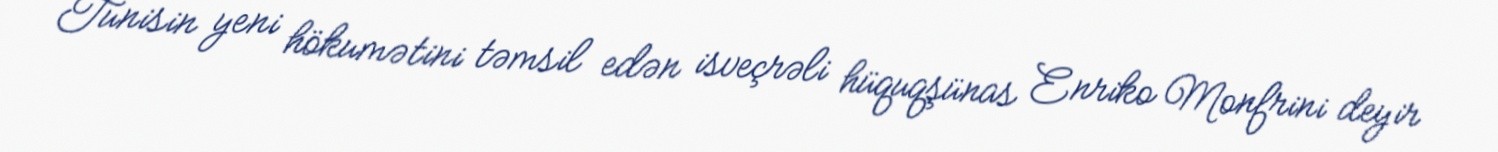
Tunisin yeni hökumətini təmsil edən isveçrəli hüquqşünas Enriko Monfrini deyir